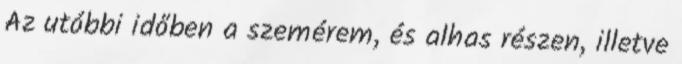
Az utóbbi időben a szemérem, és alhas részen, illetve